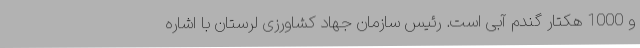
و 1000 هکتار گندم آبی است. رئیس سازمان جهاد کشاورزی لرستان با اشاره